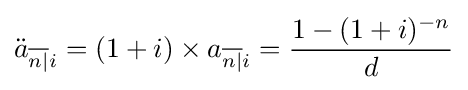
{\ddot {a}}_{{\overline {n|}}i}=(1+i)\times a_{{\overline {n|}}i}={\frac {1-(1+i)^{-n}}{d}}